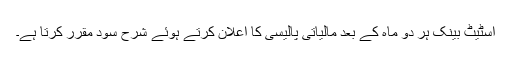
اسٹیٹ بینک ہر دو ماہ کے بعد مالیاتی پالیسی کا اعلان کرتے ہوئے شرح سود مقرر کرتا ہے۔